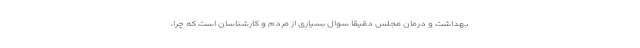
بهداشت و درمان مجلس دقیقا سوال بسیاری از مردم و کارشناسان است که چرا،